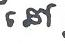
នៅ